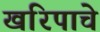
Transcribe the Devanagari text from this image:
खरिपाचे